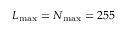
L _ { \mathrm { m a x } } = N _ { \mathrm { m a x } } = 2 5 5